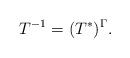
LaTeX: \begin{align*} T^{-1} = (T^*)^\Gamma.\end{align*}